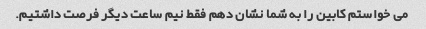
می خواستم کابین را به شما نشان دهم فقط نیم ساعت دیگر فرصت داشتیم.